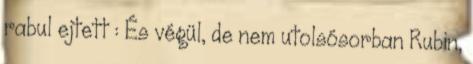
rabul ejtett : És végül, de nem utolsósorban Rubin,